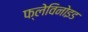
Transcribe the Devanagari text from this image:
फ्लेविनोइड